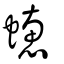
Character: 蟪